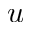
\boldsymbol { u }